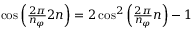
\begin{array} { r } { \cos \left( \frac { 2 \pi } { n _ { \varphi } } 2 n \right) = 2 \cos ^ { 2 } \left( \frac { 2 \pi } { n _ { \varphi } } n \right) - 1 } \end{array}